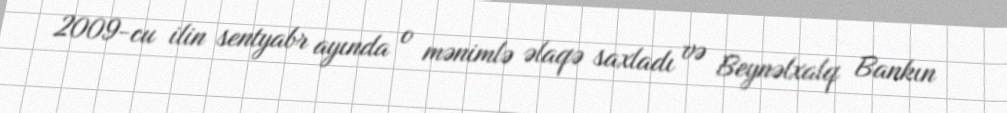
2009-cu ilin sentyabr ayında o mənimlə əlaqə saxladı və Beynəlxalq Bankın